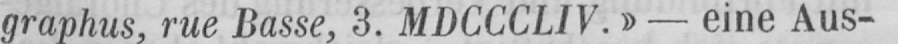
graphus, rue Basse, 3. MDCCCLIV.» - eine Aus-